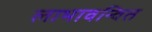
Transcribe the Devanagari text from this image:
लाभावन्वित